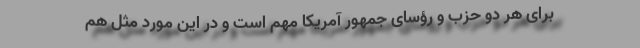
برای هر دو حزب و رؤسای جمهور آمریکا مهم است و در این مورد مثل هم